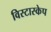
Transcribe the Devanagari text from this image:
विस्टास्केप